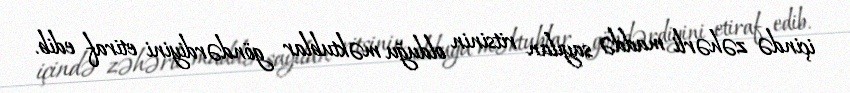
içində zəhərli maddə sayılan ritsinin olduğu məktublar göndərdiyini etiraf edib.